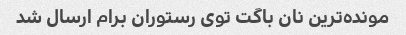
مونده‌ترین نان باگت توی رستوران برام ارسال شد